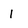
Character: l